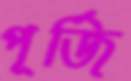
পূর্জি